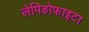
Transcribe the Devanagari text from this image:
लेपिडोफाइटा